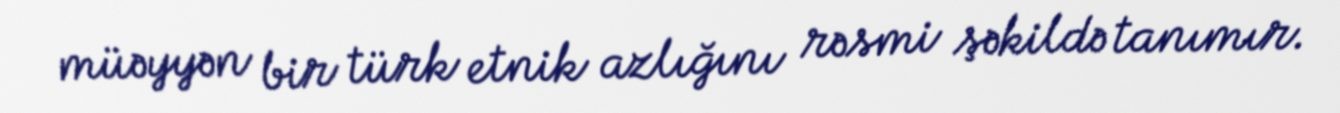
müəyyən bir türk etnik azlığını rəsmi şəkildə tanımır.